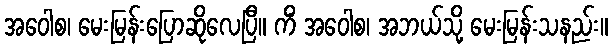
အဝေါစ၊ မေးမြန်းပြောဆိုလေပြီ။ ကိံ အဝေါစ၊ အဘယ်သို့ မေးမြန်းသနည်း။